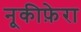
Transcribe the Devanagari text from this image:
नूकीफ़ेरा